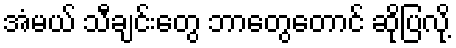
အံမယ် သီချင်းတွေ ဘာတွေတောင် ဆိုပြလို့